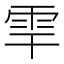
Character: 𩂀